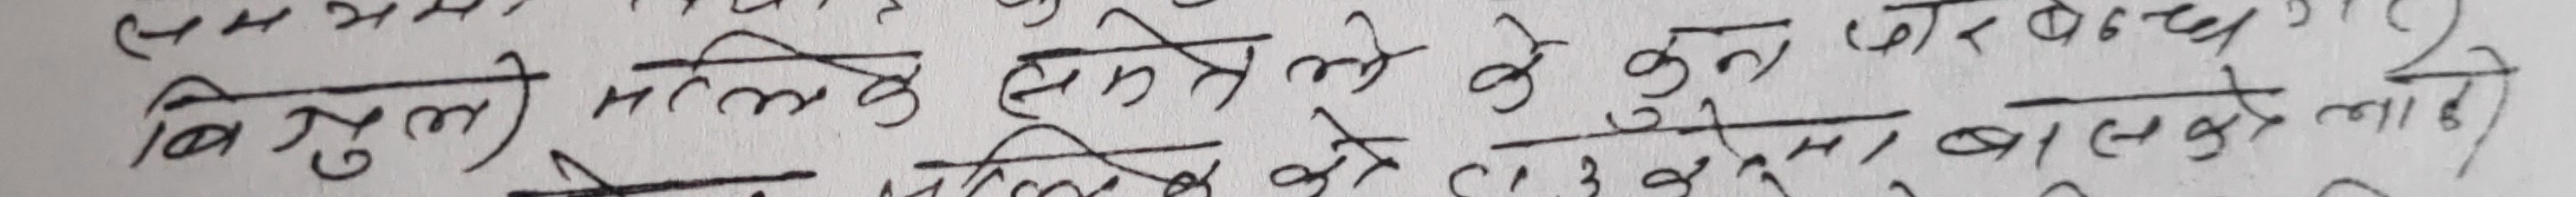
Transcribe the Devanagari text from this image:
बिलकुल मलिके समते ले कुन करबंद गराएको थियो